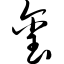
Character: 玺